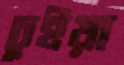
চুইয়া